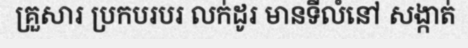
គ្រួសារ ប្រកបរបរ លក់ដូរ មានទីលំនៅ សង្កាត់